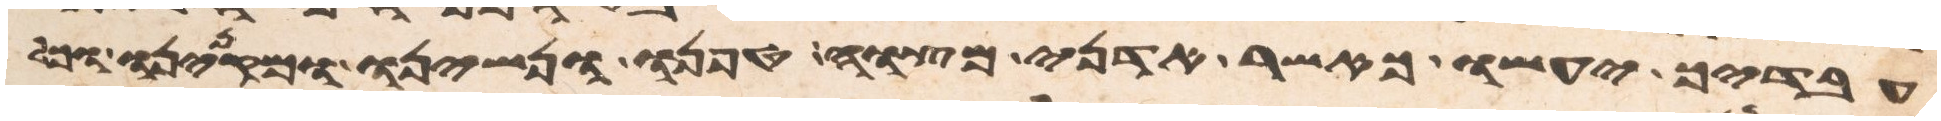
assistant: עבדיך יעשו כאשר אדני מצוה טפנו ונשינו ומקנינו